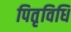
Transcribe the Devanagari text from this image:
पितृविधि